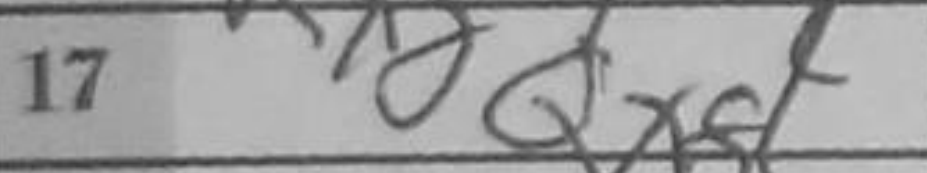
Transcription: Qxg1